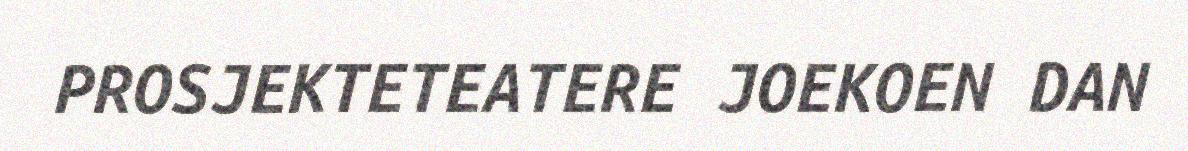
PROSJEKTETEATERE JOEKOEN DAN